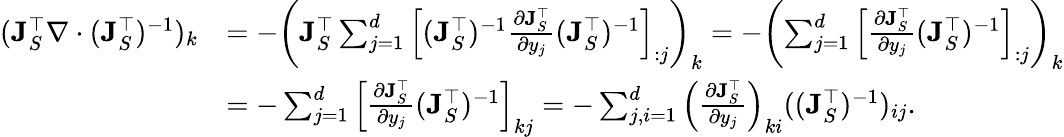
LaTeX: \begin{array}{rl}{(\mathbf{J}_{S}^{\top}\nabla\cdot(\mathbf{J}_{S}^{\top})^{-1})_{k}}&{=-\left(\mathbf{J}_{S}^{\top}\sum_{j=1}^{d}\left[(\mathbf{J}_{S}^{\top})^{-1}\frac{\partial\mathbf{J}_{S}^{\top}}{\partial y_{j}}(\mathbf{J}_{S}^{\top})^{-1}\right]_{:j}\right)_{k}=-\left(\sum_{j=1}^{d}\left[\frac{\partial\mathbf{J}_{S}^{\top}}{\partial y_{j}}(\mathbf{J}_{S}^{\top})^{-1}\right]_{:j}\right)_{k}}\\ &{=-\sum_{j=1}^{d}\left[\frac{\partial\mathbf{J}_{S}^{\top}}{\partial y_{j}}(\mathbf{J}_{S}^{\top})^{-1}\right]_{kj}=-\sum_{j,i=1}^{d}\left(\frac{\partial\mathbf{J}_{S}^{\top}}{\partial y_{j}}\right)_{ki}((\mathbf{J}_{S}^{\top})^{-1})_{ij}.}\end{array}